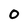
Character: 0